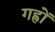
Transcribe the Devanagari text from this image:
गह्रों